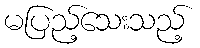
မပြည့်သေးသည့်